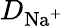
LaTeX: D_{\mathrm{Na}^{+}}